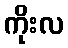
ကိုးလ